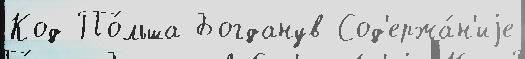
Код По́льша Богданув Сод'ержа́н'иjе